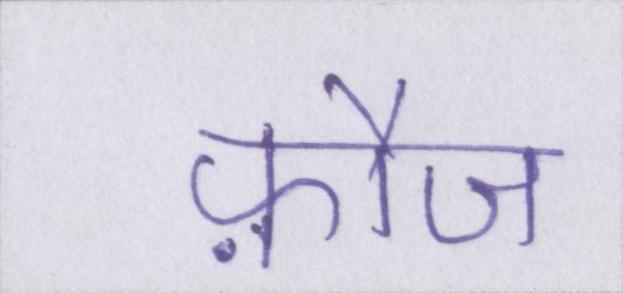
फ़ौज